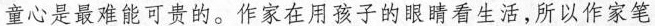
童心是最难能可贵的。作家在用孩子的眼睛看生活，所以作家笔